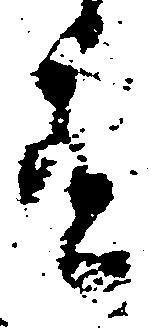
有